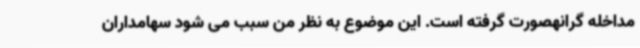
مداخله گرانهصورت گرفته است. این موضوع به نظر من سبب می شود سهامداران